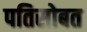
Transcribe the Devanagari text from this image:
पतिसोबत